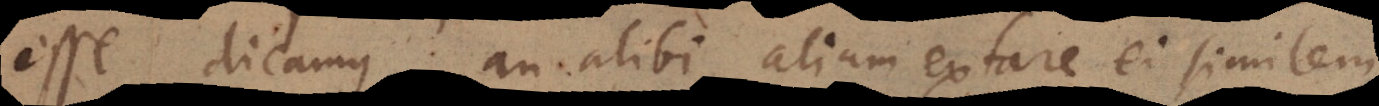
esse dicamus, an alibi alium extare ei similem.